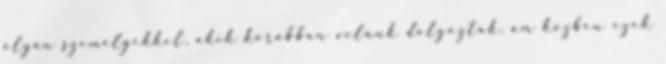
olyan személyekkel, akik korábban velünk dolgoztak, ám közben ezek